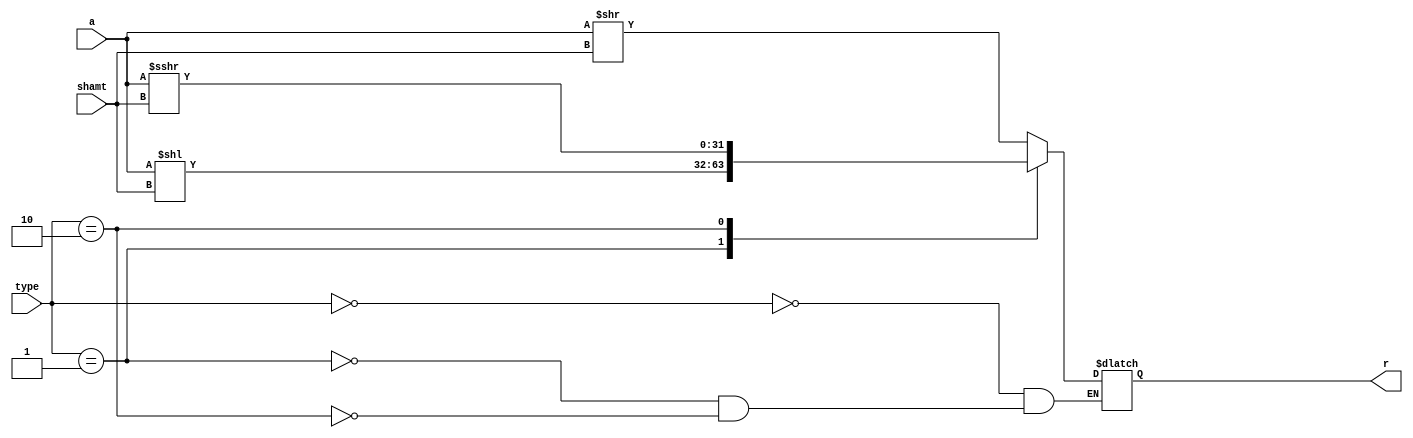
`timescale 1ns / 1ps
//////////////////////////////////////////////////////////////////////////////////
// Company: 
// Engineer: 
// 
// Design Name: 
// Module Name: shifter
// Project Name: 
// Target Devices: 
// Tool Versions: 
// Description: 
// 
// Dependencies: 
// 
// Revision:
// Revision 0.01 - File Created
// Additional Comments:
// 
//////////////////////////////////////////////////////////////////////////////////


module shifter (input [31:0] a, input [4:0] shamt, input [1:0] type, output reg [31:0] r);
integer i;

//r = {1'b0,r[31:1]};//SRL
//r = {r[30:0],1'b0};//SLL
//r = {r[31],r[31:1]};//SRA

always @(*) begin
//r = a;

//for(i = 0; i < shamt; i=i+1) 
  //begin
case(type)
 2'b00: r = a >> shamt; //SRL
 2'b01: r = a << shamt;//SLL
 2'b10: r = a >>> shamt;//SRA
endcase
  //end
end
endmodule